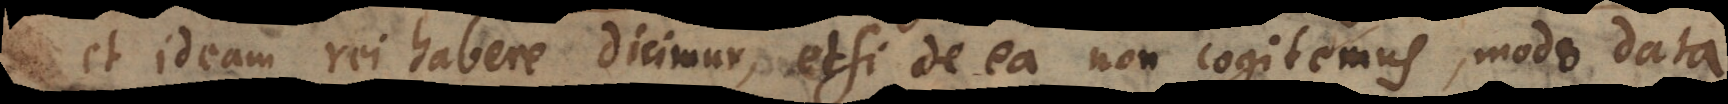
et ideam rei habere dicimur, etsi de ea non cogitemus, modo data